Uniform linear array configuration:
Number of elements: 8
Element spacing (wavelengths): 0.25
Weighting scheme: uniform
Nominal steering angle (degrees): -15
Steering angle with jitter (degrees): -15.273
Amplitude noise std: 0.05
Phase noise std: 0.05

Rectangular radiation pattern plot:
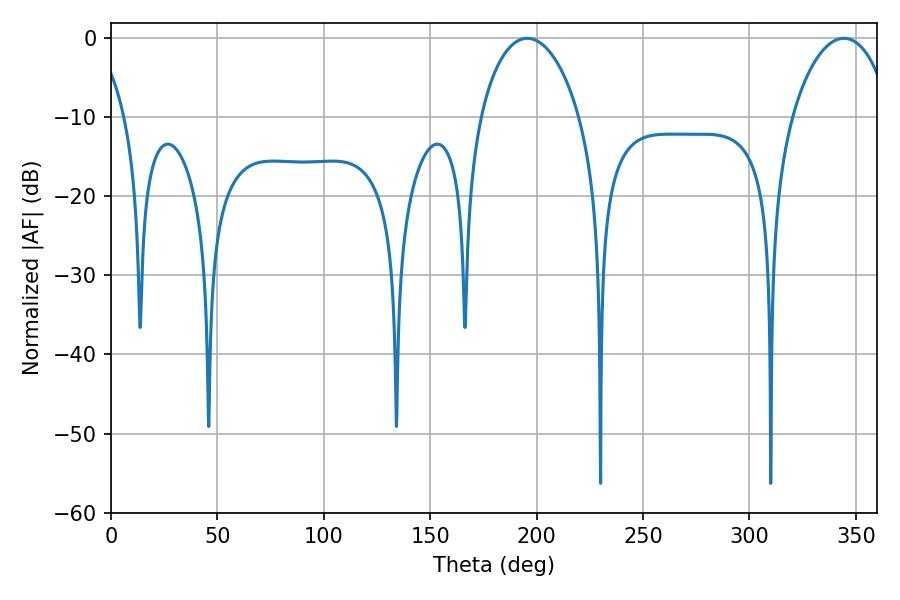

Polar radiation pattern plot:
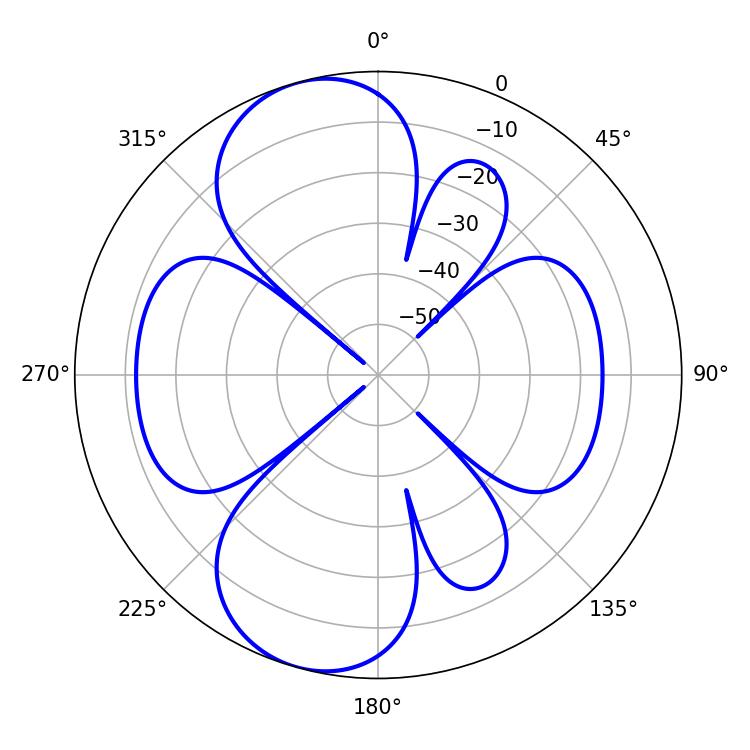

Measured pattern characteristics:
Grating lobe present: FALSE
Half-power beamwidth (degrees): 26.64
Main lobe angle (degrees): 195.66